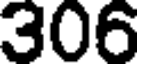
306